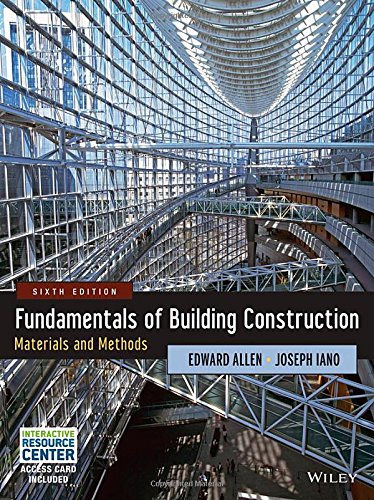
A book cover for Fundamentals of Building Construction: Materials and Methods; Edward Allen; Engineering & Transportation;